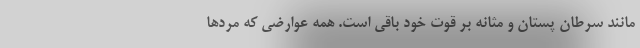
مانند سرطان پستان و مثانه بر قوت خود باقی است. همه عوارضی که مرد‌ها